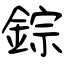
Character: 錝